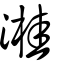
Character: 溎